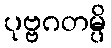
ပုဗ္ဗဂတမ္ပိ